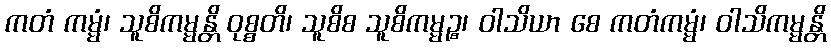
ကတံ ကမ္မံ၊ သူစိကမ္မန္တိ ဝုစ္စတိ၊ သူစိစ သူစိကမ္မဉ္စ၊ ဝါသိယာ စေ ကတံကမ္မံ၊ ဝါသိကမ္မန္တိ